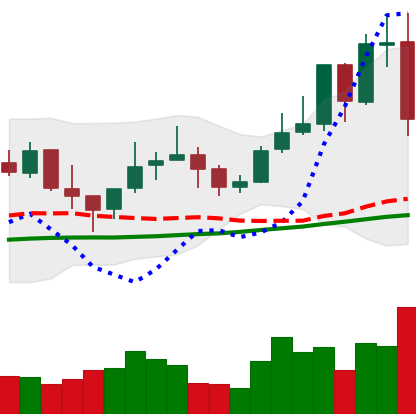
Ticker: LINK-USD
Chart end date: 2021-10-27
Forward return: 9.276%
Label: up_7plus